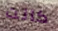
كانت